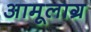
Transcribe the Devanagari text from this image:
अामूलाग्र